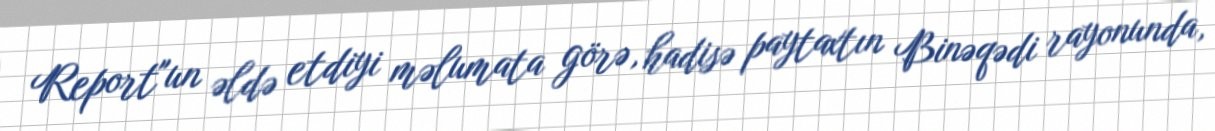
Report"un əldə etdiyi məlumata görə, hadisə paytaxtın Binəqədi rayonunda,